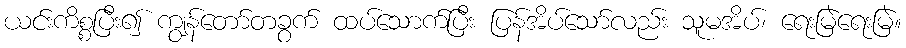
ယင်းကိစ္စပြီး၍ ကျွန်တော်တခွက် ထပ်သောက်ပြီး ပြန်အိပ်သော်လည်း သူမအိပ်၊ ရေးမြဲရေးမြဲ။